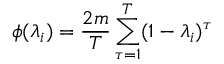
\phi ( \lambda _ { i } ) = \frac { 2 m } { T } \sum _ { \tau = 1 } ^ { T } ( 1 - \lambda _ { i } ) ^ { \tau }